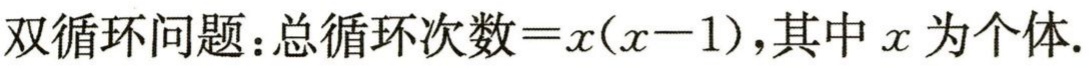
双循环问题：总循环次数\(=x(x - 1)\)，其中 \(x\) 为个体.